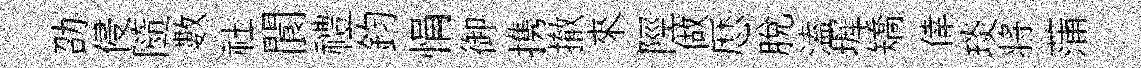
劭侵隨數社閬禮鈞悁御携撤來陘做厯脫溘墀矯倖琰将蒲